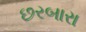
છરબારા